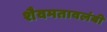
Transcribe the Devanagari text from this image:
शैवमतावलंबी